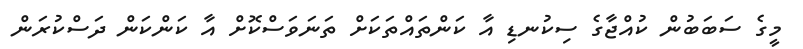
މީގެ ސަބަބުން ކުއްޖާގެ ސިކުނޑި އާ ކަންތައްތަކަށް ތަނަވަސްކޮށް އާ ކަންކަން ދަސްކުރަން